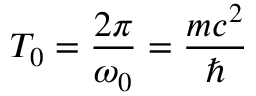
T _ { 0 } = \frac { 2 \pi } { \omega _ { 0 } } = \frac { m c ^ { 2 } } { \hbar }